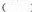
( )